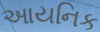
આયનિક